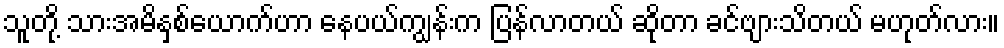
သူတို့ သားအမိနှစ်ယောက်ဟာ နေပယ်ကျွန်းက ပြန်လာတယ် ဆိုတာ ခင်ဗျားသိတယ် မဟုတ်လား။